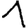
Digit: 1